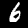
Label: 6